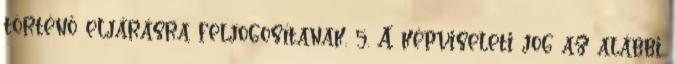
történő eljárásra feljogosítanak. 5. A képviseleti jog az alábbi